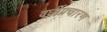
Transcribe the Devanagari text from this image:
वर्धीप्रचारण